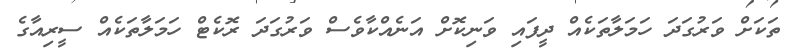
ތަކަށް ވަރުގަދަ ހަމަލާތަކެއް ދީފައި ވަނިކޮށް އަނެއްކާވެސް ވަރުގަދަ ރޮކެޓް ހަމަލާތަކެއް ސީރިއާގެ